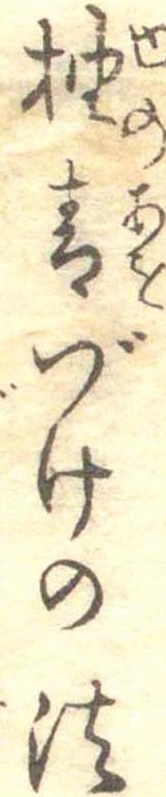
柚青づけの法